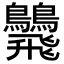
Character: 𩙾